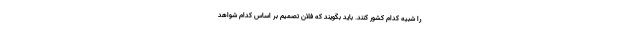
را شبیه کدام کشور کنند. باید بگویند که فلان تصمیم بر اساس کدام شواهد